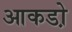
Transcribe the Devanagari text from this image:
आकडो़